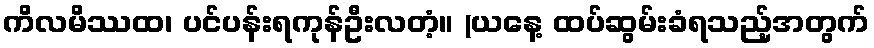
ကိလမိဿထ၊ ပင်ပန်းရကုန်ဦးလတံ့။ (ယနေ့ ထပ်ဆွမ်းခံရသည့်အတွက်